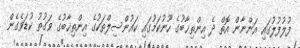
ފުލުފުލުގައި އަންނާން އޮތް ދެ އިންތިޚާބުގެ ހޫނުކަމުގައި ކައުންސިލްތަކުގެ އިންތިޚާބުގެ ވަގުތު ކުޑަވެގެން